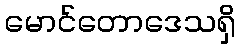
မောင်တောဒေသရှိ